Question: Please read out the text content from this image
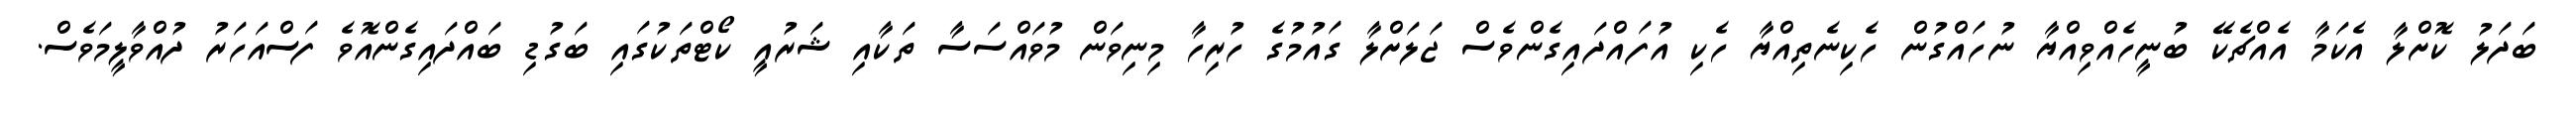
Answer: ބަދަލު ކޮށްލާ އެކަމާ އެއްޗެކޭ ބުނީހެއްވިއްޔާ ނުހައްގުން ހެކިނެތިއްޔާ ހެކި އުފައްދައިގެންވެސް ޖަލަށްލާ ގައުމުގެ ހުރިހާ މިނިވަން މުވައްސަސާ ތަކާއި ޝަރުއީ ކޯޓްތަކުގައި ބަގުޑި ބައްދައިގެންއޮވެ ފަސްއަހަރު ދުއްވާލީމަވެސް.